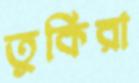
তুর্কিরা